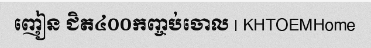
ញៀន ជិត៤០០កញ្ចប់ចោល | KHTOEMHome